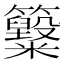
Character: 𥸋